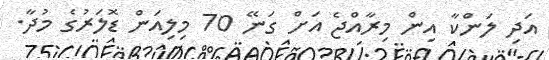
އަދި ލަންކާ އިން މިރާއްޖެ އަށް ގަނޭ 70 މިލިއަން ޑޮލަރުގެ މުދާ.